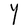
Character: Y